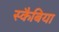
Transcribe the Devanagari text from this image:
स्कैबिया